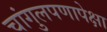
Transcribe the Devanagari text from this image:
चांगुलपणापेक्षा